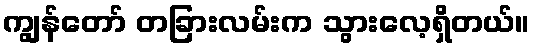
ကျွန်တော် တခြားလမ်းက သွားလေ့ရှိတယ်။